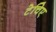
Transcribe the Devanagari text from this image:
टेचिए